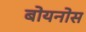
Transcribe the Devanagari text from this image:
बोयनोस